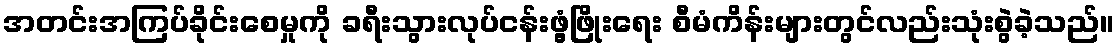
အတင်းအကြပ်ခိုင်းစေမှုကို ခရီးသွားလုပ်ငန်းဖွံ့ဖြိုးရေး စီမံကိန်းများတွင်လည်းသုံးစွဲခဲ့သည်။